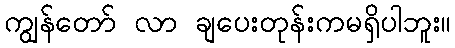
ကျွန်တော် လာ ချပေးတုန်းကမရှိပါဘူး။